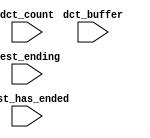
module lights_nios2_qsys_0_oci_test_bench (
                                            // inputs:
                                             dct_buffer,
                                             dct_count,
                                             test_ending,
                                             test_has_ended
                                          )
;

  input   [ 29: 0] dct_buffer;
  input   [  3: 0] dct_count;
  input            test_ending;
  input            test_has_ended;



endmodule